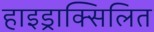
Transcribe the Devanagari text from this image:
हाइड्राक्सिलित